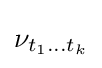
\nu _{t_{1}\dots t_{k}}